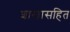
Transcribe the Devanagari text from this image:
शाखासहित